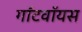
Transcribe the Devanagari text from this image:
गॉटवॉयस